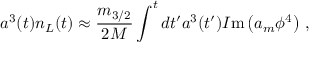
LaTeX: a ^ { 3 } ( t ) n _ { L } ( t ) \approx \frac { m _ { 3 / 2 } } { 2 M } \int ^ { t } d t ^ { \prime } a ^ { 3 } ( t ^ { \prime } ) { \cal I } \mathrm { m } \left( a _ { m } \phi ^ { 4 } \right) \, ,